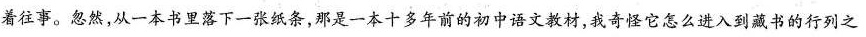
着往事。然，从一本书里落下一张纸条，那是一本十多年前的初中语文教材，我奇它怎么进入到藏书的行列之